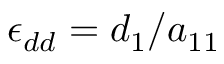
\epsilon _ { d d } = d _ { 1 } / a _ { 1 1 }